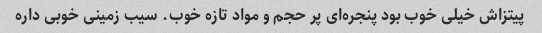
پیتزاش خیلی خوب بود پنجره‌ای پر حجم و مواد تازه خوب. سیب زمینی خوبی داره